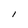
Character: l